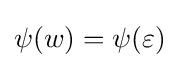
\psi (w)=\psi (\varepsilon )